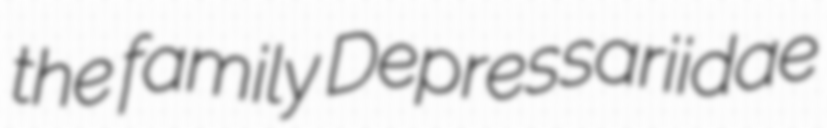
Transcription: the family Depressariidae